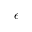
\epsilon